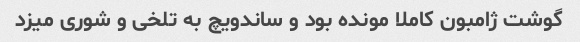
گوشت ژامبون کاملا مونده بود و ساندویچ به تلخی و شوری میزد